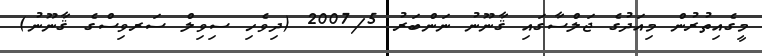
މީގެއިތުރުން މިއަދުގެ ޖަލްސާގައި ޤާނޫނު ނަންބަރު 2007/5 (ދިވެހި ސިވިލް ސަރވިސްގެ ޤާނޫނު)